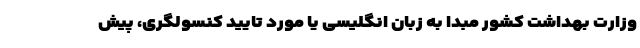
وزارت بهداشت کشور مبدا به زبان انگلیسی یا مورد تایید کنسولگری، پیش